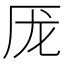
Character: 厐